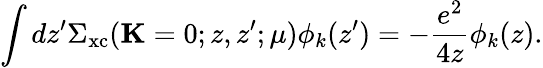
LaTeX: \int dz^{\prime}\Sigma_{\mathrm{xc}}(\mathbf{K}=0;z,z^{\prime};\mu)\phi_{k}(z^{\prime})=-\frac{e^{2}}{4z}\phi_{k}(z).